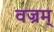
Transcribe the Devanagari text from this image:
वज्रम्